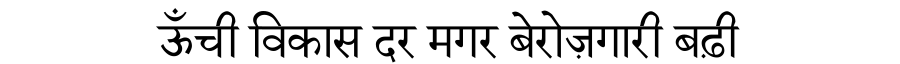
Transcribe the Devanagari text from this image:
ऊँची विकास दर मगर बेरोज़गारी बढ़ी